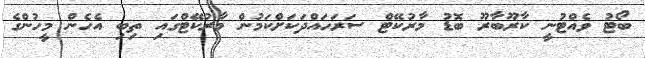
ބޯޓު ވެއްޓުނީ ކާރޫބާރޫ ބޮޑު މާރުކޭޓް ސަރަހައްދަކަށްކަމުން މާރުކޭޓްގައި ތިބި އެހެން މީހުންގެ